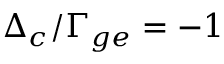
\Delta _ { c } / \Gamma _ { g e } = - 1